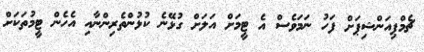
ޗެމްޕިއަންޝިޕަށް ފަހު ނަމަވެސް އެ ޓީމަށް އަލަށް ގުޅޭނެ ކުޅުންތެރިންނާއި އެހެން ޓީމުތަކަށް